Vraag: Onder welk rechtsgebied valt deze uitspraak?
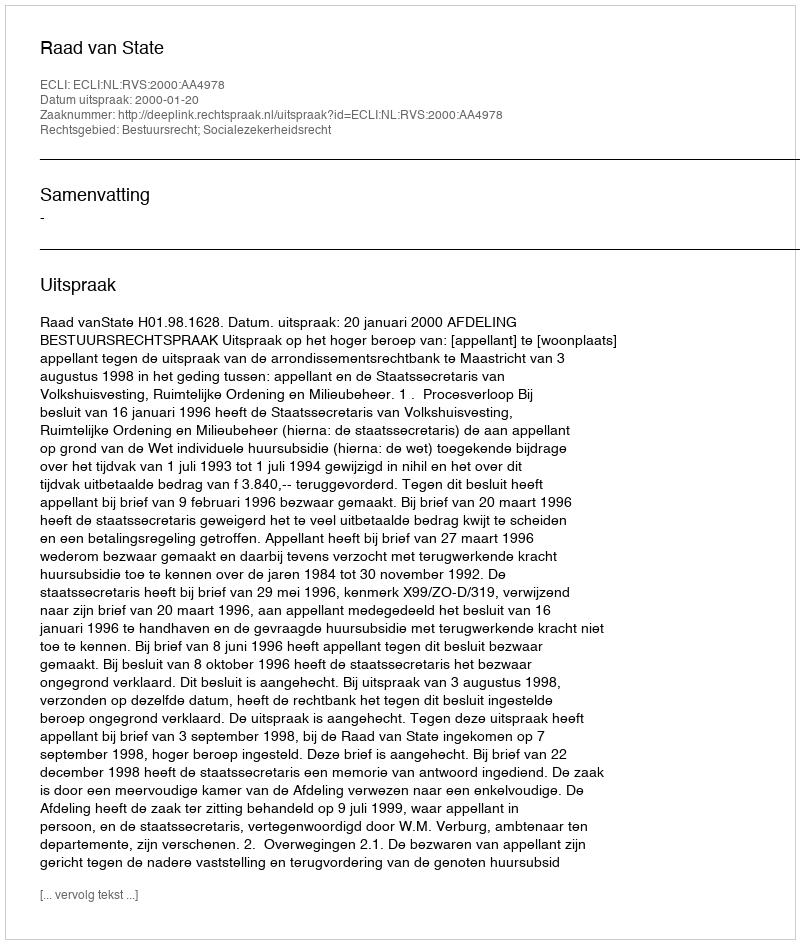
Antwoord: Bestuursrecht; Socialezekerheidsrecht